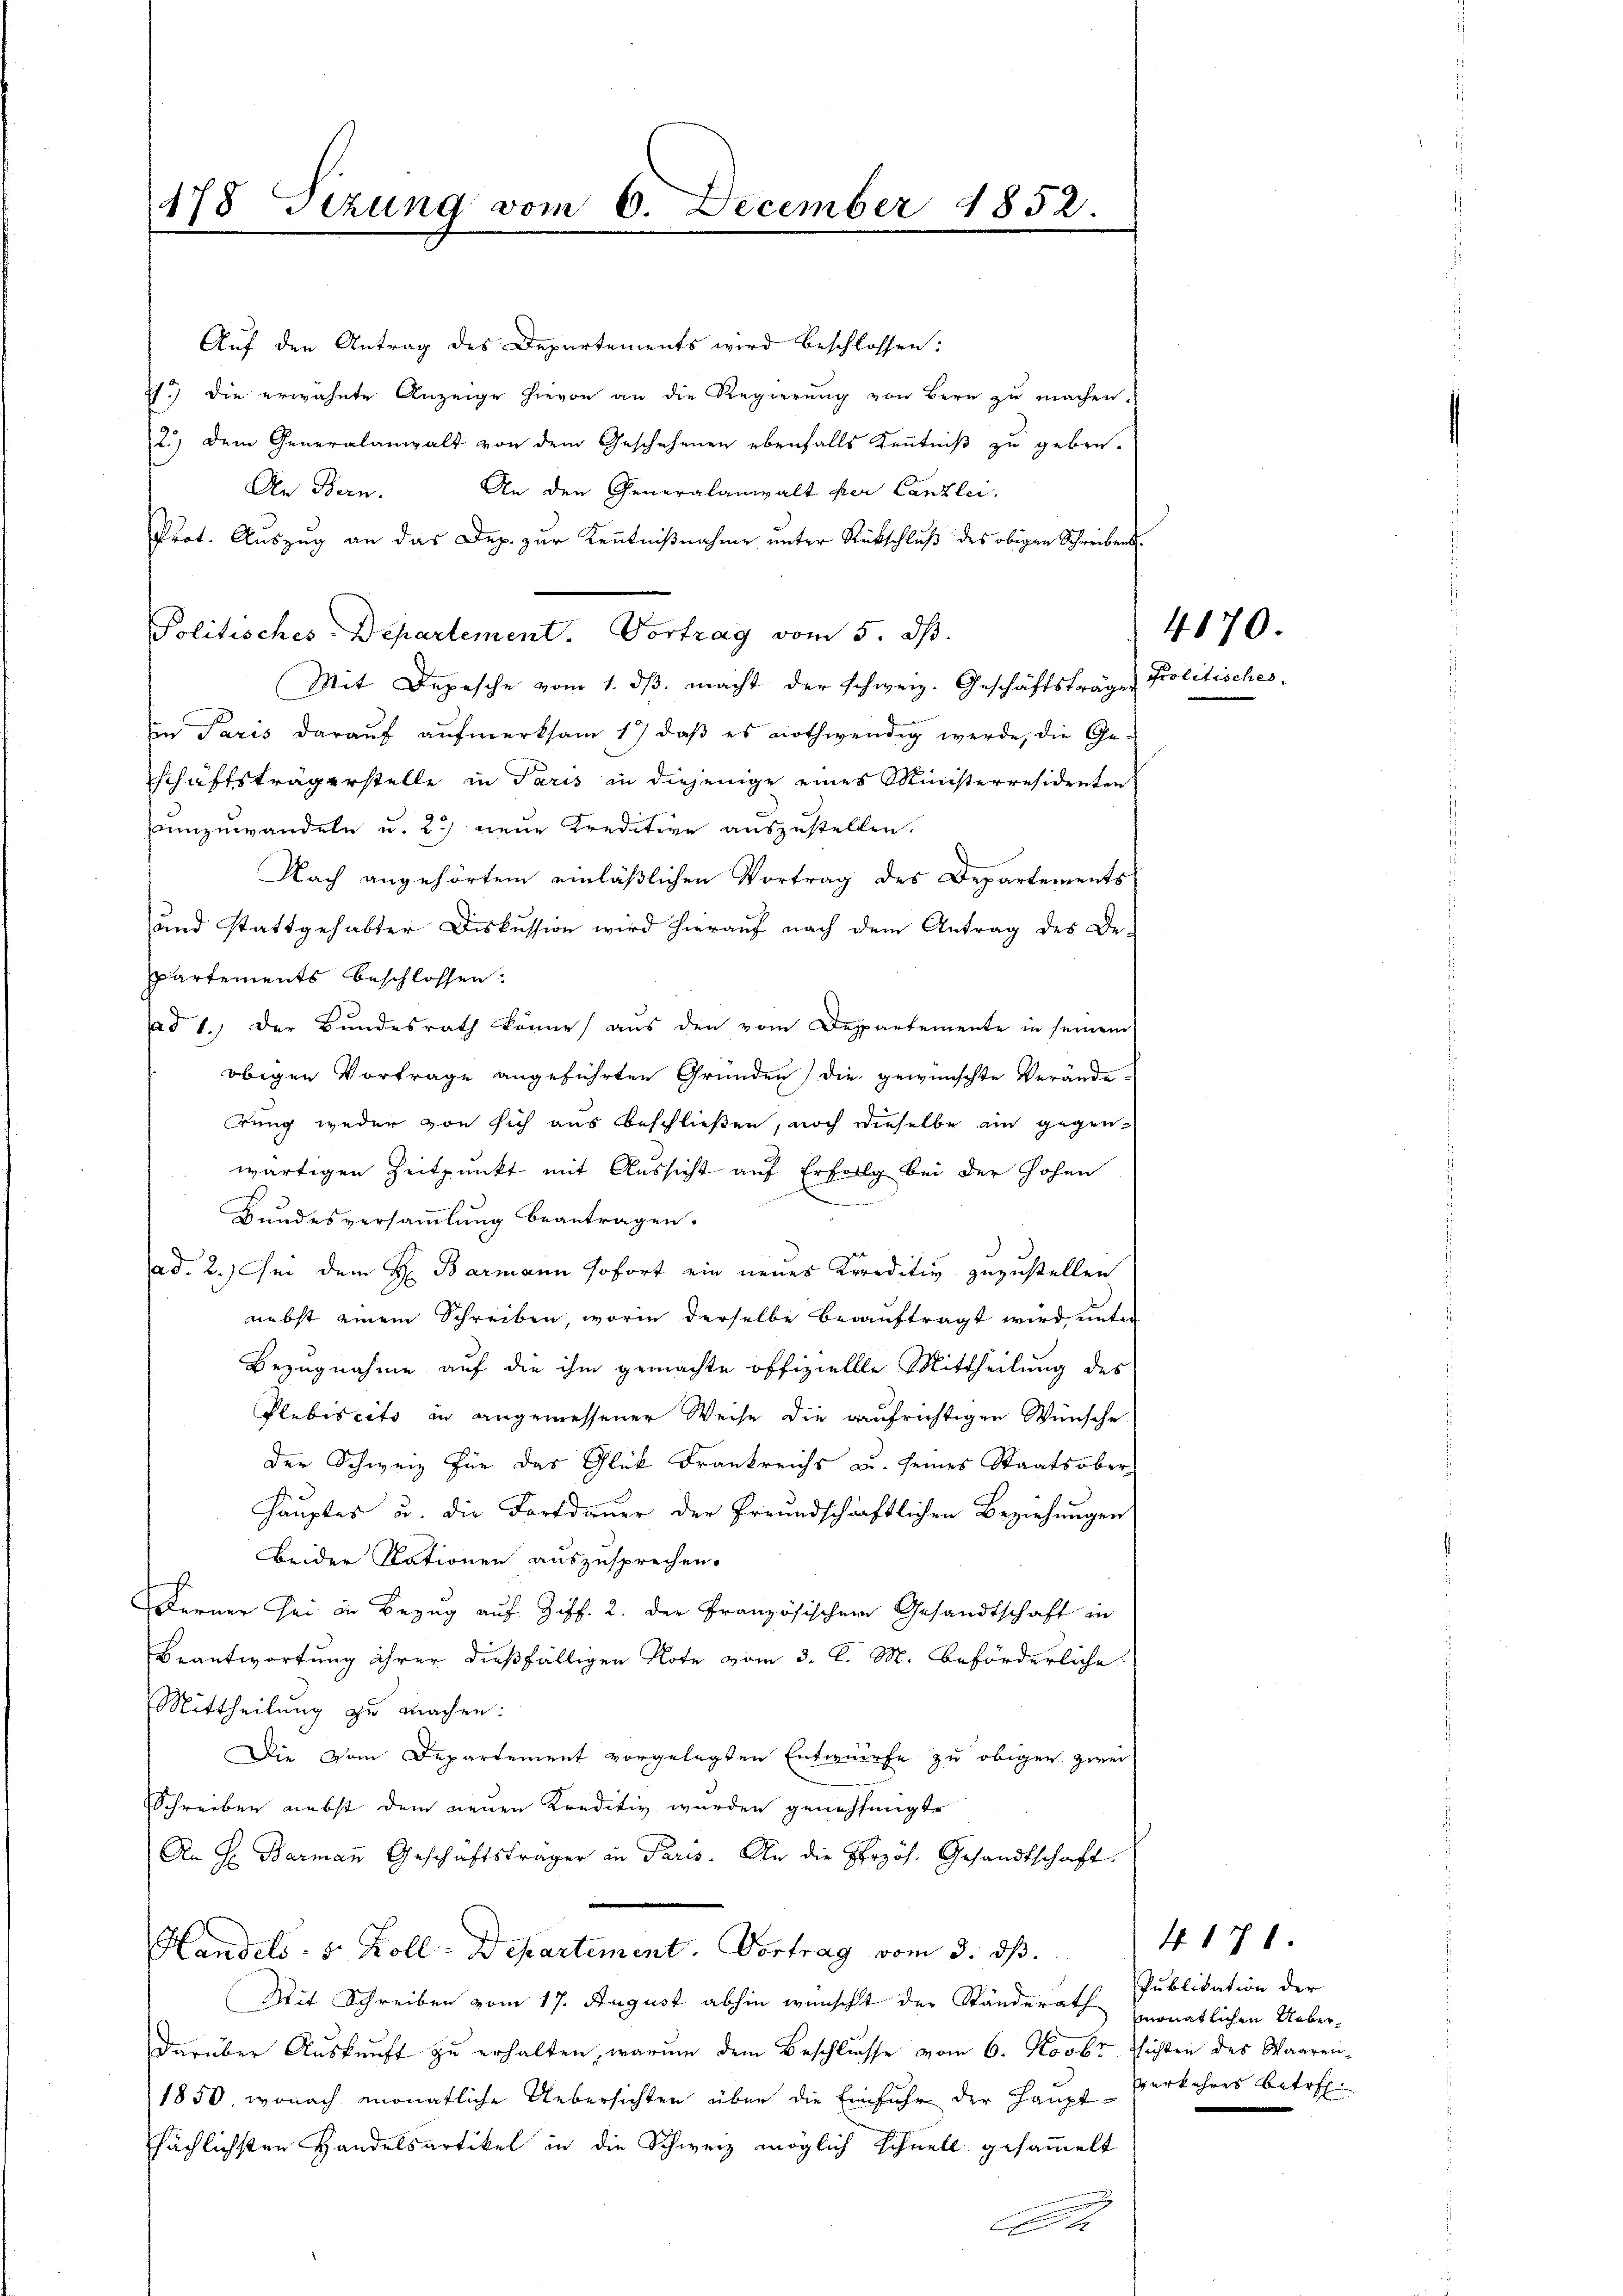
Auf den Antrag des Departements wird beschlossen:
2.) die erwähnte Anzeige hievon an die Regierung von Bern zu machen.
2.) Dem Generalanwalt von dem Geschehenen ebenfalls Kenntniß zu geben.
An den Generalanwalt per Canzlei.
An Bern.
Prot. Aŭszŭg an das Dep. zŭr Kenntniβnahme unter Rückschlŭβ des obigen Schreibens
Mit Depesche vom 1. dβ macht der schweiz. Geschäftsträge Politisches.
in Paris daraŭf aŭfmerksam 1. daβ es nothwendig werde, die Ge-
schäftsträgerstelle in Paris in diejenige eines Ministerresidenten
umzuwandeln u. 2.) neŭe Kreditive aŭszŭstellen.
Nach angehörtem einläßlichen Vortrag des Departements
und stattgehabter Diskussion wird hierauf nach dem Antrag des De-
Partements beschlossen:
ad 1.) Der Bundesrath könne, aus den vom Departemente in seinem
obigen Vortrage angeführten Gründen) die gewünschte Verände-
rung weder von sich aus beschließen, noch dieselbe ein gegenwärtigen Zeitpunkt mit Aussicht auf Erfolg bei der Hohen
Bundesversammlung beantragen.
ad. 2.) Sei dem H. Barmann sofort ein neues Kreditiv zuzustellen
nebst einem Schreiben, worin derselbe beauftragt wird unter
Bezugnahme auf die ihm gemachte offiziellle Mittheilung des
Plubiscito in angemessener Weise die aufrichtigen Wünsche
der Schweiz für das Glück Frankreichs au. seines Staatsober¬
Hauptes u. die Fortdauer der freundschaftlichen Beziehungen
Beider Rationen auszusprechen.
Ferner sei in Bezug auf Ziff. 2. der Französischen Gesandtschaft in
Beantwortung ihrer dießfälligen Note vom 3. d. M. beförderliche
Mittheilung zu machen:
Die vom Departement vorgelegten Entwurfe zu obigen zwei
Schreiben nebst dem neuen Kreditiv wurden genehmigt
An H. Barmaṅ Geschäftsträger in Paris. An die Erzös. Gesandtschaft.
Handels- u. Koll-Departement. Vortrag vom 3. ds.
Mit Schreiben vom 17. August abhin wünscht der Ständerath zmonatlichen Ueberdarüber Auskunft zu erhalten, warum dem Beschlusse vom 6. Novbr. sichten des Waaren¬
1850, wonach monatliche Uebersichten über die Einfuhr der Hauptsächlichsten Handelsartikel in die Schweiz möglich Schnell gesammelt
x

478 Sezung vom 6. December 1852.

Politisches-Departement. Vortrag vom 5. ds.

470.

4171.
Publikation der
verkehres betr.